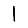
Digit: 1